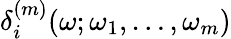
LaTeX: \delta_{i}^{(m)}(\omega;\omega_{1},\dots,\omega_{m})